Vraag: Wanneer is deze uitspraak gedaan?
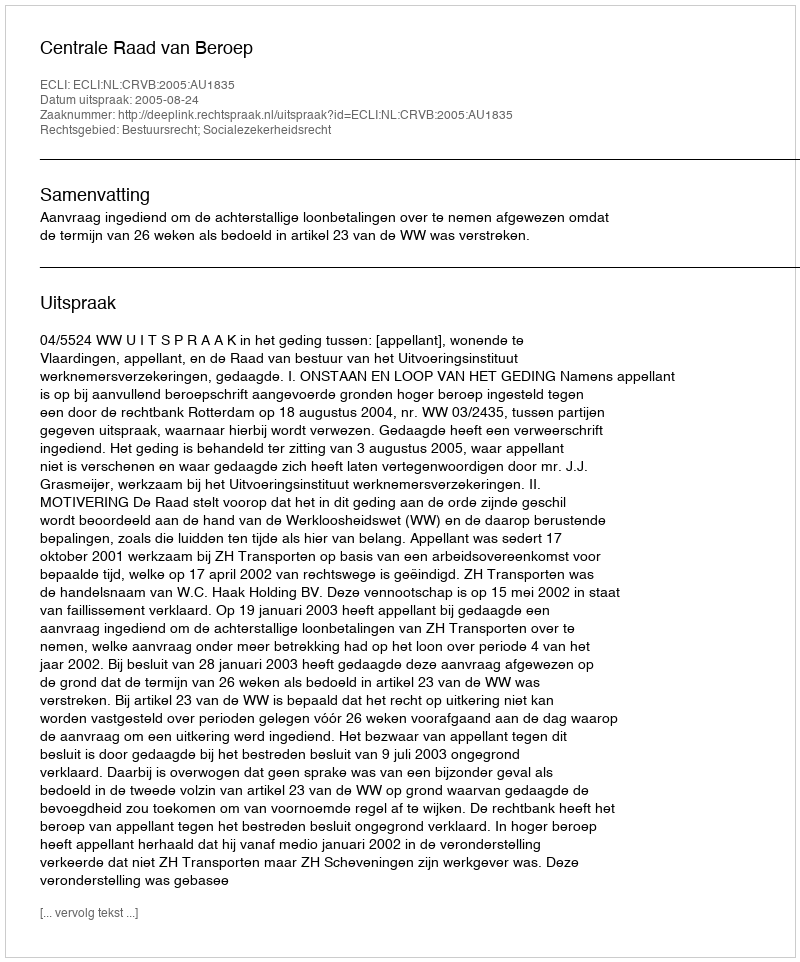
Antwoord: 2005-08-24